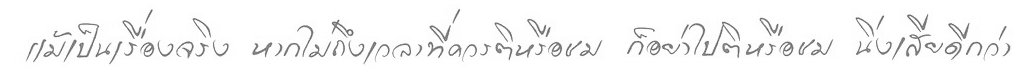
แม้เป็นเรื่องจริง หากไม่ถึงเวลาที่ควรติหรือชม นิ่งเสียดีกว่า